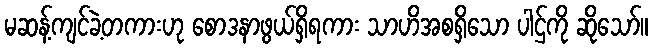
မဆန့်ကျင်ခဲ့တကားဟု စောဒနာဖွယ်ရှိရကား သာဟိအစရှိသော ပါဌ်ကို ဆိုသော်။